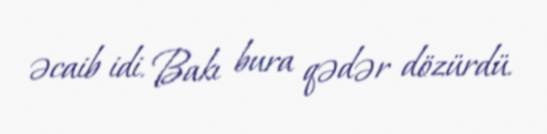
əcaib idi. Bakı bura qədər dözürdü.